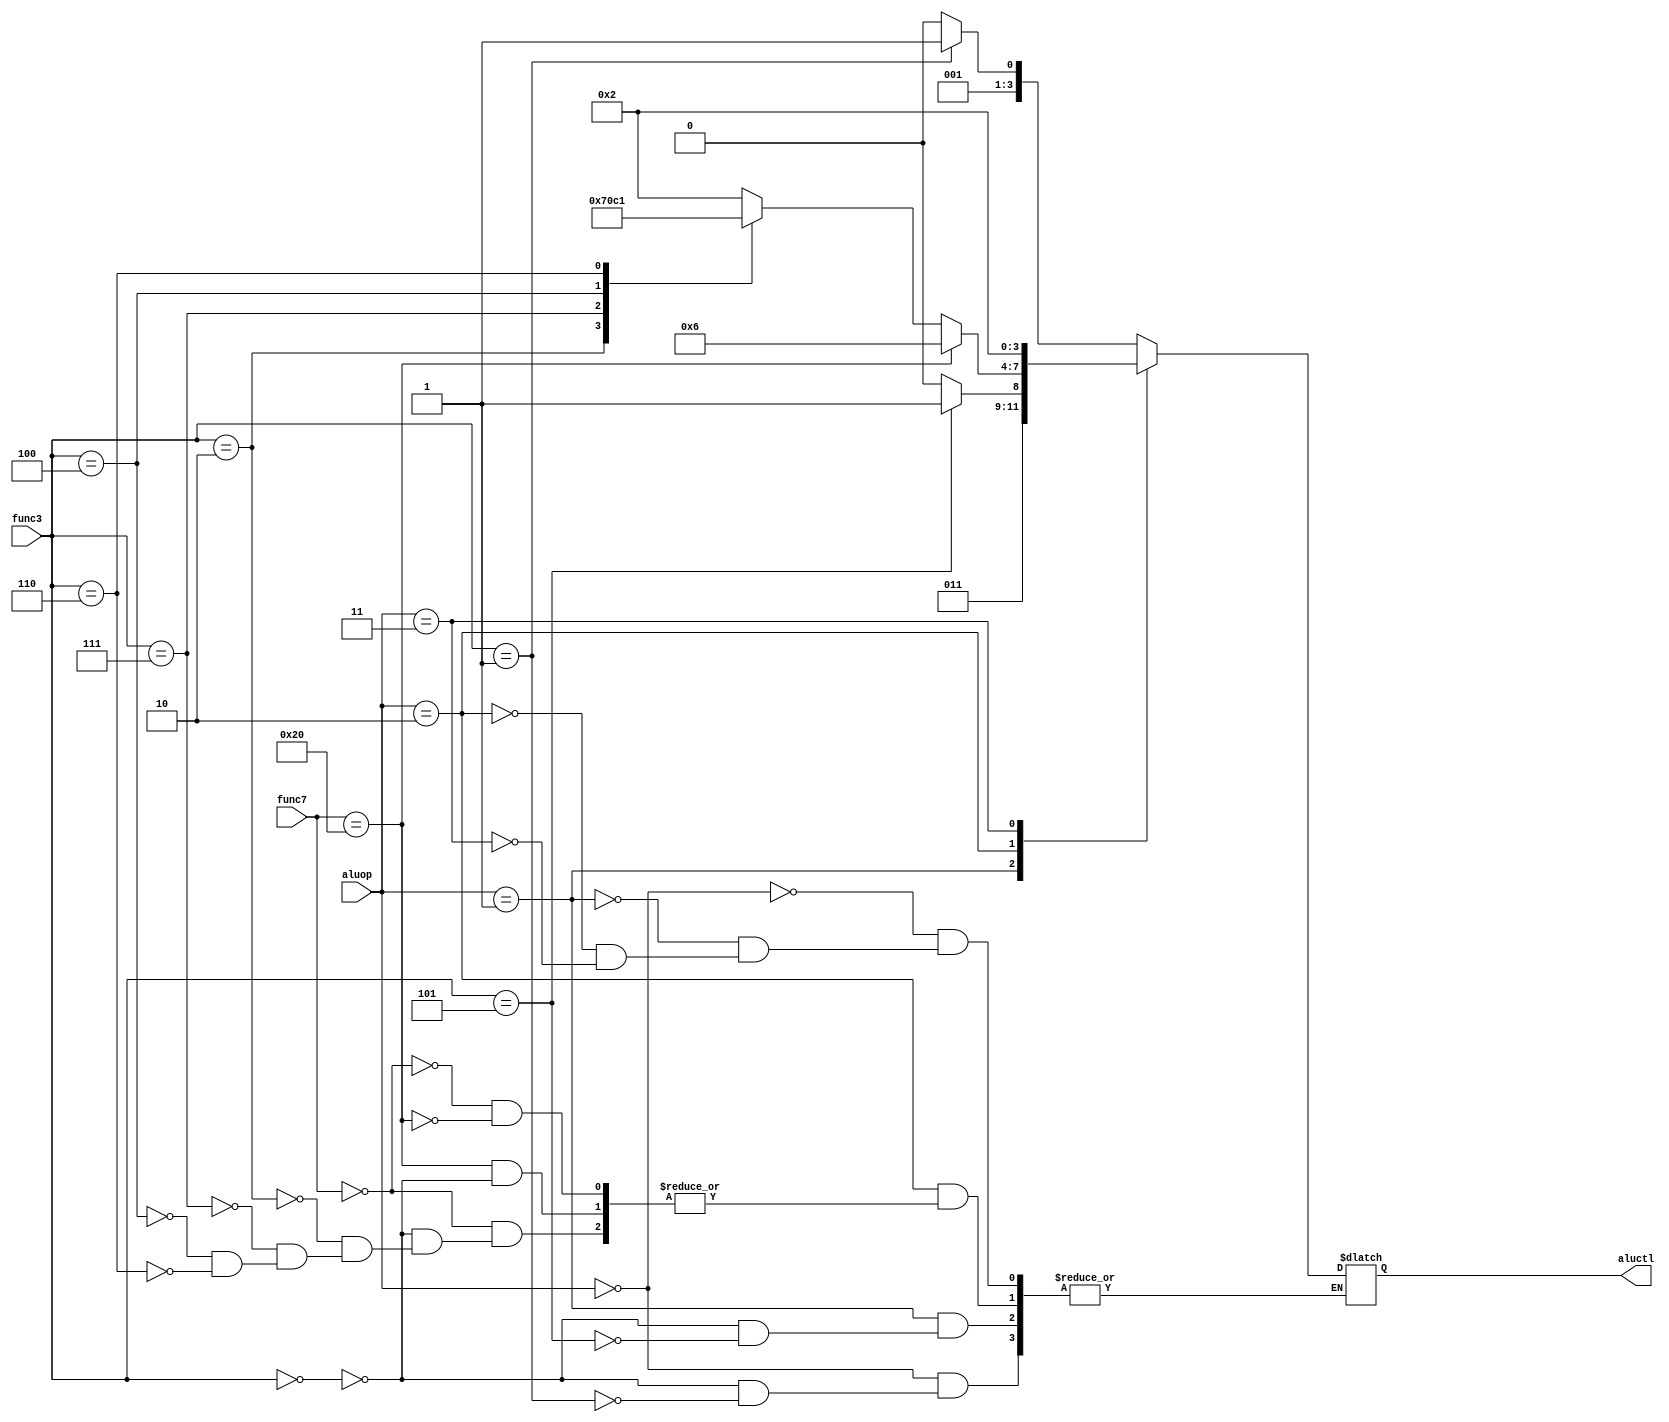
module alucontrol(aluop, func7, func3, aluctl);

    input [1:0] aluop;
    input [6:0] func7;
    input [2:0] func3;

    output reg [3:0] aluctl;

    always @ (aluop, func7, func3)
      begin
        case (aluop)
            2'b00:
              case (func3)
                3'b000:
                  aluctl <= 4'b0010;
                3'b001:
                  aluctl <= 4'b0011;
              endcase
            2'b01:
              case (func3)
                3'b000:
                  aluctl <= 4'b0110;
                3'b101:
                  aluctl <= 4'b0111;
              endcase
            2'b10:
              begin
                case (func7)
                    7'b0000000:
                      begin
                        case (func3)
                            3'b000:
                              aluctl <= 4'b0010;
                            3'b010:
                              aluctl <= 4'b0111;
                            3'b111:
                              aluctl <= 4'b0000;
                            3'b100:
                              aluctl <= 4'b1100;
                            3'b110:
                              aluctl <= 4'b0001;
                        endcase
                      end
                    7'b0100000:
                      begin
                        case (func3)
                            3'b000:
                              aluctl <= 4'b0110;
                        endcase
                      end
                endcase
              end
            2'b11:
              aluctl <= 4'b0010;
            default:
              aluctl <= 4'b0000;
        endcase
      end
endmodule